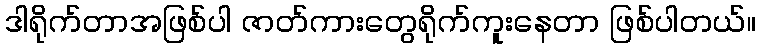
ဒါရိုက်တာအဖြစ်ပါ ဇာတ်ကားတွေရိုက်ကူးနေတာ ဖြစ်ပါတယ်။